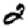
Digit: 2